Enquiry on enteric fever in India - Number 32
Disease focus: Fever
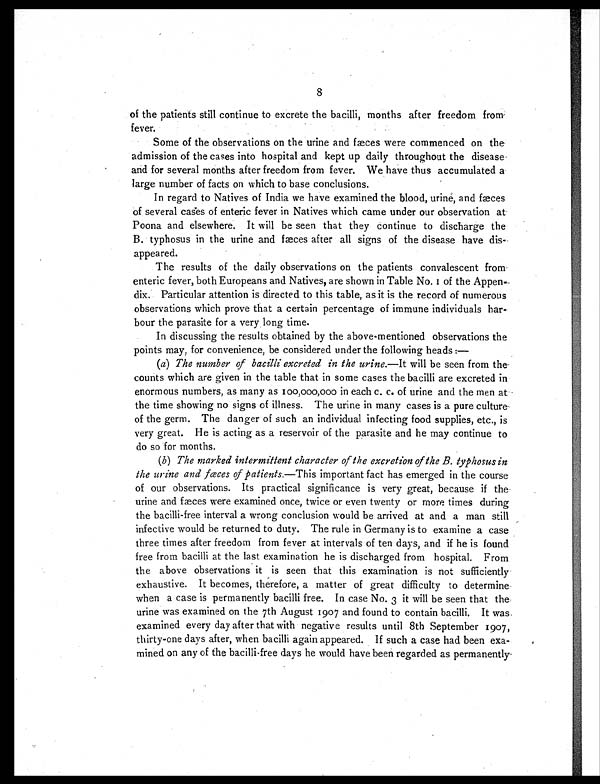
8
of the patients still continue to excrete the bacilli, months after freedom from
fever.
Some of the observations on the urine and fæces were commenced on the
admission of the cases into hospital and kept up daily throughout the disease
and for several months after freedom from fever. We have thus accumulated a
large number of facts on which to base conclusions.
In regard to Natives of India we have examined the blood, urine, and fæces
of several cases of enteric fever in Natives which came under our observation at
Poona and elsewhere. It will be seen that they continue to discharge the
B. typhosus in the urine and fæces after all signs of the disease have dis
-appeared.
The results of the daily observations on the patients convalescent from
enteric fever, both Europeans and Natives, are shown in Table No. 1 of the Appen-
dix. Particular attention is directed to this table, as it is the record of numerous
observations which prove that a certain percentage of immune individuals har-
bour the parasite for a very long time.
In discussing the results obtained by the above-mentioned observations the
points may, for convenience, be considered under the following heads : —
(a) The number of bacilli excreted in the urine.—It will be seen from the
counts which are given in the table that in some cases the bacilli are excreted in
enormous numbers, as many as 100,000,000 in each c. c. of urine and the men at
the time showing no signs of illness. The urine in many cases is a pure culture
of the germ. The danger of such an individual infecting food supplies, etc., is
very great. He is acting as a reservoir of the parasite and he may continue to
do so for months.
(b) The marked intermittent character of the excretion of the B. typhosus in
the urine and fæces of patients.—This important fact has emerged in the course
of our observations. Its practical significance is very great, because if the
urine and fæces were examined once, twice or even twenty or more times during
the bacilli-free interval a wrong conclusion would be arrived at and a man still
infective would be returned to duty. The rule in Germany is to examine a case
three times after freedom from fever at intervals of ten days, and if he is found
free from bacilli at the last examination he is discharged from hospital. From
the above observations it is seen that this examination is not sufficiently
exhaustive. It becomes, therefore, a matter of great difficulty to determine
when a case is permanently bacilli free. In case No. 3 it will be seen that the
urine was examined on the 7th August 1907 and found to contain bacilli. It was
examined every day after that with negative results until 8th September 1907,
thirty-one days after, when bacilli again appeared. If such a case had been exa-
mined on any of the bacilli-free days he would have been regarded as permanently